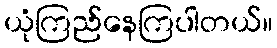
ယုံကြည်နေကြပါတယ်။